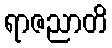
ရာဇညာတိ